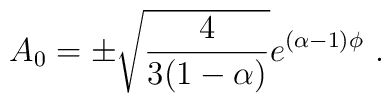
A_0 = \pm\sqrt{{4\over 3(1-\alpha)}}e^{(\alpha-1)\phi}\ .